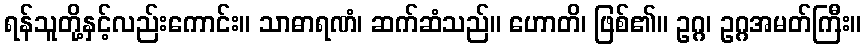
ရန်သူတို့နှင့်လည်းကောင်း။ သာဓာရဏံ၊ ဆက်ဆံသည်။ ဟောတိ၊ ဖြစ်၏။ ဥဂ္ဂ၊ ဥဂ္ဂအမတ်ကြီး။